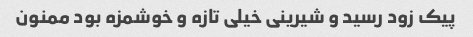
پیک زود رسید و شیرینی خیلی تازه و خوشمزه بود ممنون